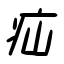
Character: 疝